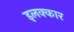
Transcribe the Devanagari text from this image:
इलक्कार